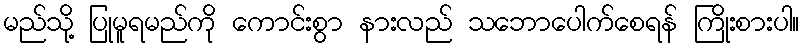
မည်သို့ ပြုမူရမည်ကို ကောင်းစွာ နားလည် သဘောပေါက်စေရန် ကြိုးစားပါ။